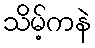
သိမ့်ကနဲ